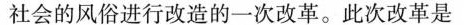
社会的风俗进行改造的一次改革。此次改革是